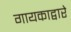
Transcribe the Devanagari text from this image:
गायकाद्वारे